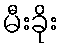
မီးခိုး